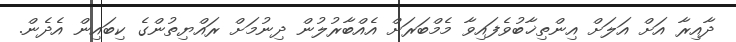
ދާއިރާ އަށް އަލަށް އިންތިޚާބުވެފައިވާ މެމްބަރަށް އެއްބާރުލުން ދިނުމަށް ރައްޔިތުންގެ ކިބައިން އެދެން.